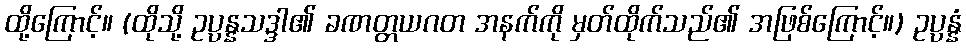
ထို့ကြောင့်။ (ထိုသို့ ဥပ္ပန္နသဒ္ဒါ၏ ခဏတ္တယဂတ အနက်ကို မှတ်ထိုက်သည်၏ အဖြစ်ကြောင့်။) ဥပ္ပန္နံ